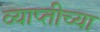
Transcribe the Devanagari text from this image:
व्याप्तीच्या